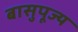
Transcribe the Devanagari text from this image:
बासुपूज्य